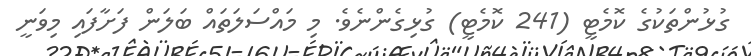
ގުޅުންތަކުގެ ކޮމެޓީ (241 ކޮމެޓީ) ގުޅިގެންނެވެ. މި މައްސަލަތައް ބަލަން ފަށާފައި މިވަނީ